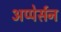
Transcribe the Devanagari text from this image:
अप्पेर्सन